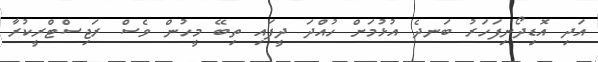
އަދި އޮޑިދޯނިފަހަރު ބަނދެ އުޅުމަށް ހުއްދަ ދީފައި ތިބޭ މީހުން ވެސް ރަޖިސްޓްރީކުރާ